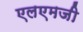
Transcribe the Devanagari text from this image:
एलएमजी